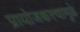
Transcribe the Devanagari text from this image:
प्रायोजकत्त्वामुळे